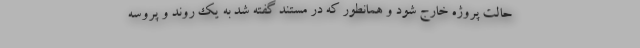
حالت پروژه خارج شود و همانطور که در مستند گفته شد به یک روند و پروسه